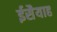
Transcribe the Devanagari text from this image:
ईसैयाह